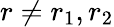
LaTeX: r\neq r_{1},r_{2}